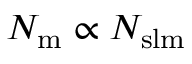
N _ { \mathrm { { m } } } \propto N _ { \mathrm { { s l m } } }